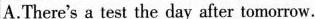
A.There's a test the day after tomorrow.